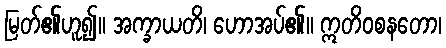
မြတ်၏ဟူ၍။ အက္ခာယတိ၊ ဟောအပ်၏။ ဣတိဝစနတော၊